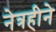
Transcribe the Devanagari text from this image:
नेत्रहीने